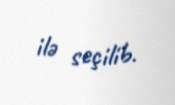
ilə seçilib.